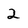
Character: 2